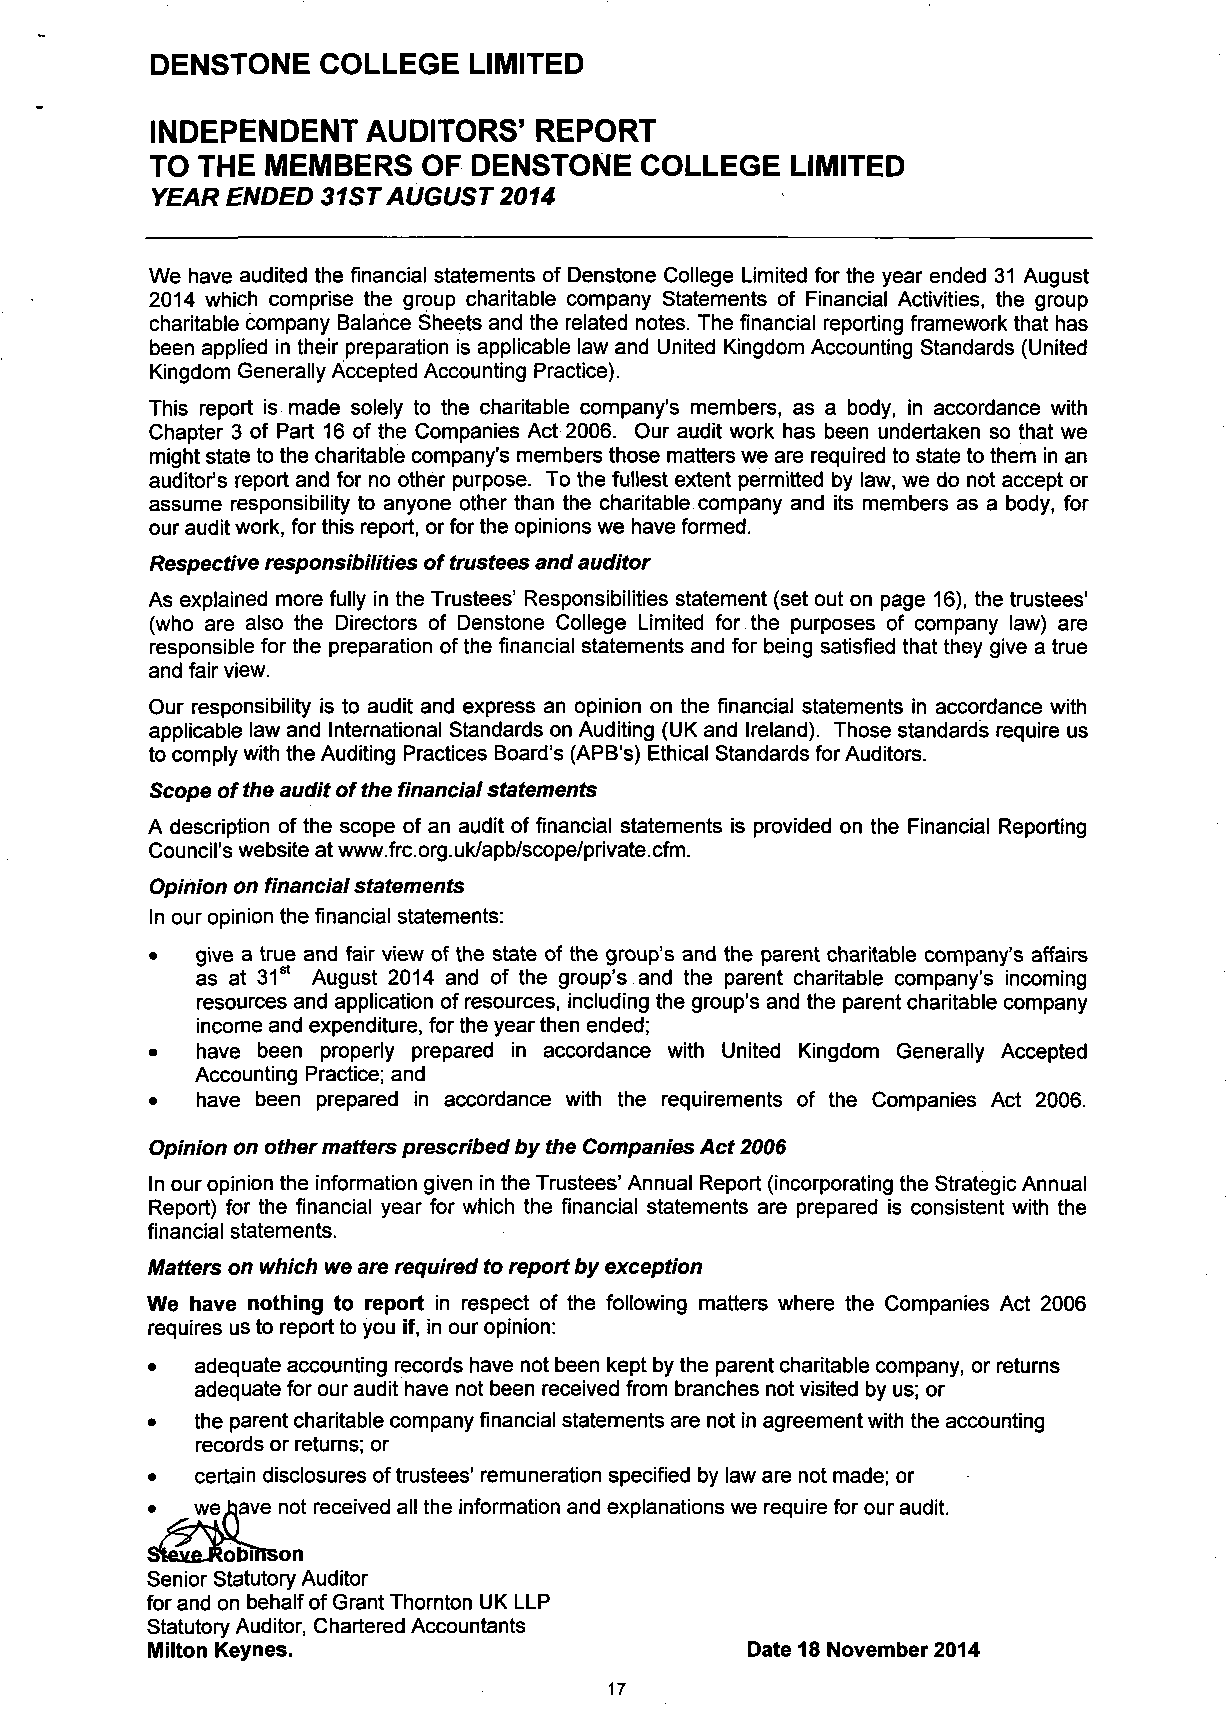
DENSTONE   COLLEGE   LIMITED
 INDEPENDENT   AUDITORS'   REPORT
 TO THE MEMBERS    OF DENSTONE   COLLEGE   LIMITED
 YEAR ENDED 31 ST AUGUST 2014
 We have audited the financial statements of Denstone College Limited for the year ended 31 August
 2014 which comprise the group charitable company Statements of Financial Activities, the group
 charitable company Balance Sheets and the related notes. The financial reporting framework that has
 been applied in their preparation is applicable law and United Kingdom Accounting Standards (United
 Kingdom Generally Accepted Accounting Practice).
 This report is made solely to the charitable company's members, as a body, in accordance with
 Chapter 3 of Part 16 of the Companies Act 2006. Our audit work has been undertaken so that we
 might state to the charitable company's members those matters we are required to state to them in an
 auditor's report and for no other purpose. To the fullest extent permitted by law, we do not accept or
 assume responsibility to anyone other than the charitable company and its members as a body, for
 our audit work, for this report, or for the opinions we have formed.
 Respective responsibilities of trustees and auditor
 As explained more fully in the Trustees' Responsibilities statement (set out on page 16), the trustees'
 (who are also the Directors of Denstone College Limited for the purposes of company law) are
 responsible for the preparation of the financial statements and for being satisfied that they give a true
 and fair view.
 Our responsibility is to audit and express an opinion on the financial statements in accordance with
 applicable law and International Standards on Auditing (UK and Ireland). Those standards require us
 to comply with the Auditing Practices Board's (APB's) Ethical Standards for Auditors.
 Scope of the audit of the financial statements
 A description of the scope of an audit of financial statements is provided on the Financial Reporting
 Council's website at www.frc.org.uk/apb/scope/private.cfm.
 Opinion on financial statements
 In our opinion the financial statements:
 •  give a true and fair view of the state of the group's and the parent charitable company's affairs
 as at 31st August 2014 and of the group's and the parent charitable company's incoming
 resources and application of resources, including the group's and the parent charitable company
 income and expenditure, for the year then ended;
 •  have been properly prepared in accordance with United Kingdom Generally Accepted
 Accounting Practice; and
 •  have been prepared in accordance with the requirements of the Companies Act 2006.
 Opinion on other matters prescribed by the Companies Act 2006
 In our opinion the information given in the Trustees' Annual Report (incorporating the Strategic Annual
 Report) for the financial year for which the financial statements are prepared is consistent with the
 financial statements.
 Matters on which we are required to report by exception
 We have nothing to report in respect of the following matters where the Companies Act 2006
 requires us to report to you if, in our opinion:
 •  adequate accounting records have not been kept by the parent charitable company, or returns
 adequate for our audit have not been received from branches not visited by us; or
 •  the parent charitable company financial statements are not in agreement with the accounting
 records or returns; or
 •  certain disclosures of trustees' remuneration specified by law are not made; or
 •  we have not received all the information and explanations we require for our audit.
 Stexe^obiftson
 Senior Statutory Auditor
 for and on behalf of Grant Thornton UK LLP
 Statutory Auditor, Chartered Accountants
 Milton Keynes.                         Date 18 November 2014
 17